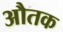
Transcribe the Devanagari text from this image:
औतक